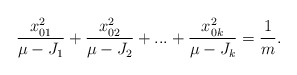
\begin{align*}\frac{x_{01}^2}{\mu-J_1}+\frac{x_{02}^2}{\mu-J_2}+...+\frac{x_{0k}^2}{\mu-J_k}=\frac{1}{m}.\end{align*}